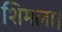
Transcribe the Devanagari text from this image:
शिमला।